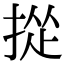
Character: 㧿